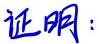
证明：